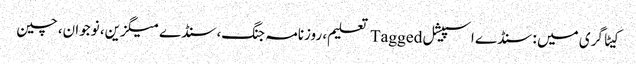
کیٹاگری میں : سنڈے اسپیشل Tagged تعلیم، روزنامہ جنگ، سنڈے میگزین، نوجوان، چین